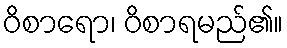
ဝိစာရော၊ ဝိစာရမည်၏။